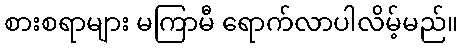
စားစရာများ မကြာမီ ရောက်လာပါလိမ့်မည်။